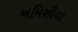
અમિશીયા